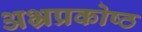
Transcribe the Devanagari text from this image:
अभ्रप्रकोष्ठ